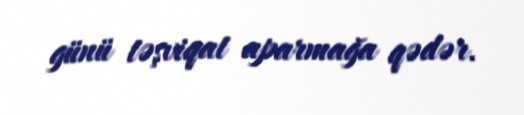
günü təşviqat aparmağa qədər.